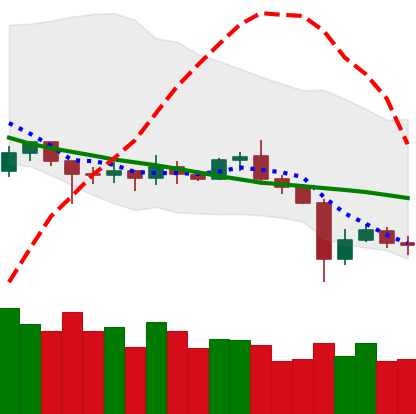
Ticker: ETC-USD
Chart end date: 2020-07-01
Forward return: 6.707%
Label: up_5_7